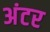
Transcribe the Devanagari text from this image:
अंटर